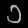
Digit: ၁